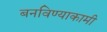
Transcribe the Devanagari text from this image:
बनविण्याकामी